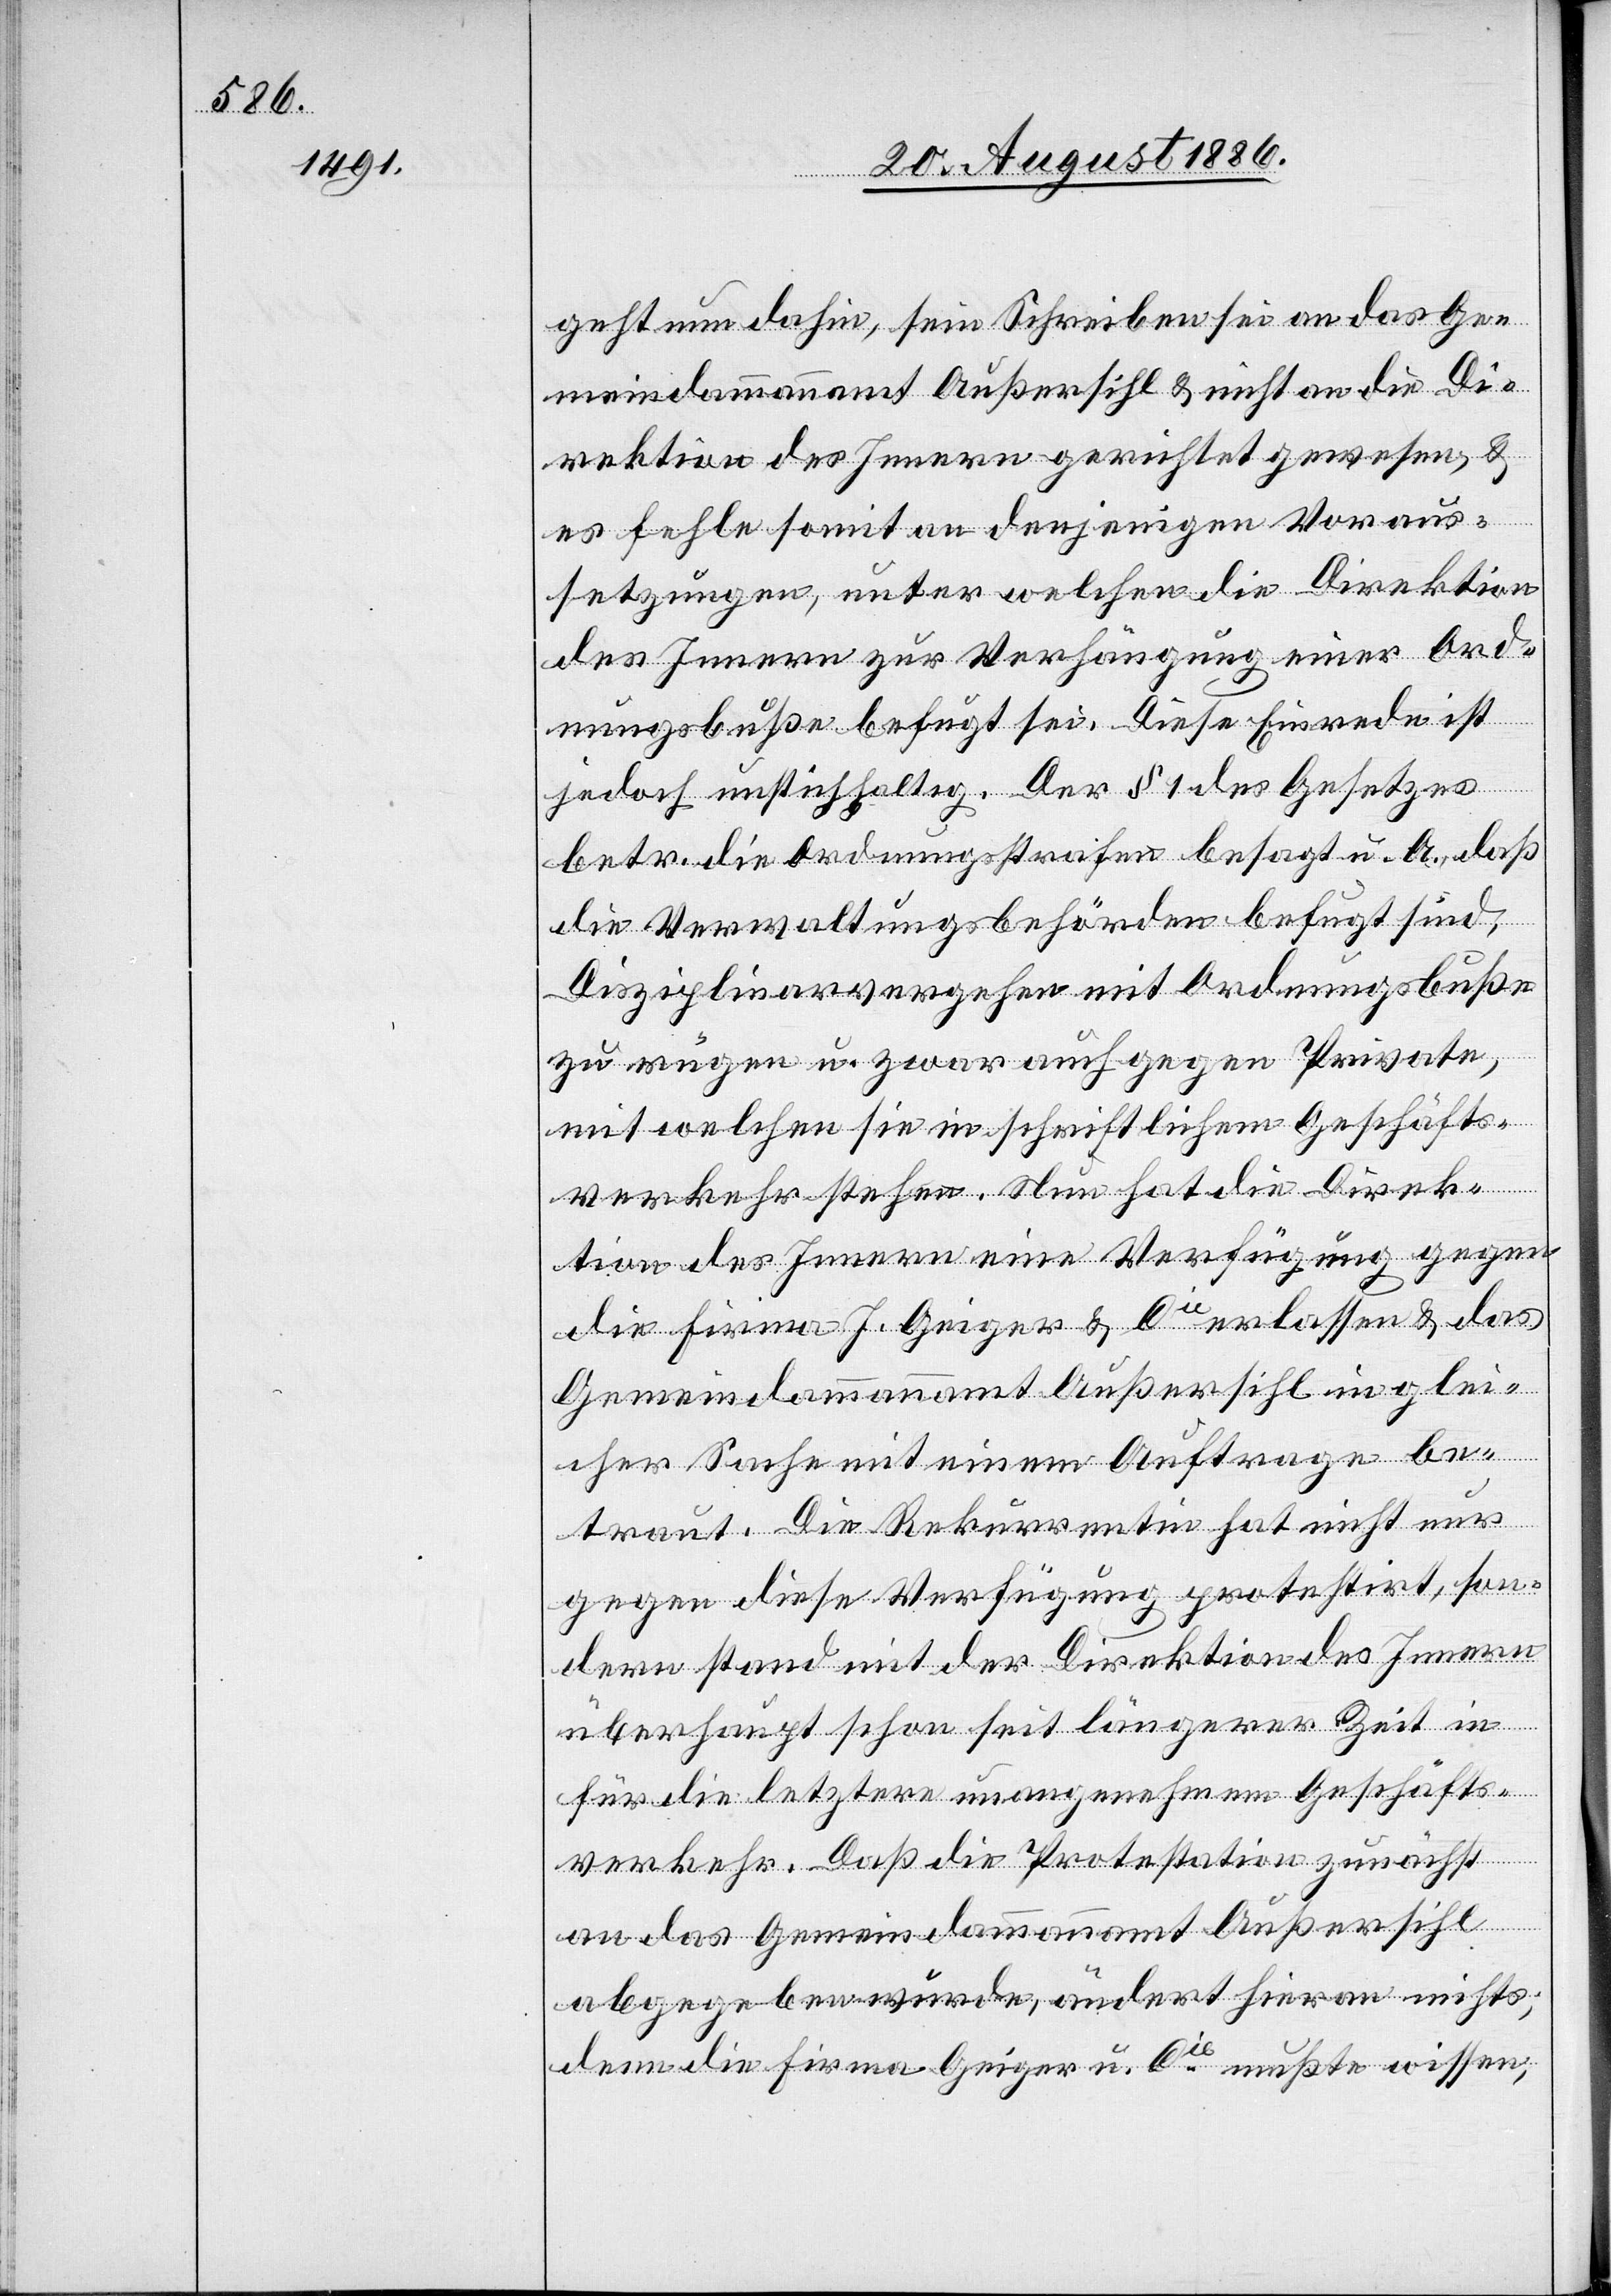
geht nun dahin, sein Schreiben sei an das Ge¬
meindammannamt Außersihl & nicht an die Di¬
rektion des Innern gerichtet gewesen, &
es fehle somit an denjenigen Voraus¬
setzungen, unter welchen die Direktion
des Innern zur Verhängung eine Ord¬
nungsbuße befugt sei. Diese Einrede ist
jedoch unstichhaltig. Der § 1 des Gesetzes
betr. die Ordnungsstrafen besagt u. A., daß
die Verwaltungsbehörden befugt sind,
Disziplinarvergehen mit Ordnungsbuße
zu rügen u. zwar auch gegen Private,
mit welchen sie in schriftlichem Geschäfts¬
verkehr stehen. Nun hat die Direk¬
tion des Innern eine Verfügung gegen
die Firma J. Geiger & Cie erlassen & das
Gemeindammannamt Außersihl in gle¬
icher Sache mit einem Auftrage be¬
traut. Die Rekurrentin hat nicht nur
gegen die Verfügung protestirt, son¬
dern stand mit der Direktion des Innern
überhaupt schon seit längerer Zeit in
für die letztere unangenehmem Geschäfts¬
verkehr. Daß die Protestation zunächst
an das Gemeindammannamt Außersihl
abgegeben wurde, ändert hieran nichts;
denn die Firma Geiger u. Cie mußte wissen,